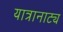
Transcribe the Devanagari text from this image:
यात्रानाट्य